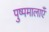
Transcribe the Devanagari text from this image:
पुष्पमालाएँ